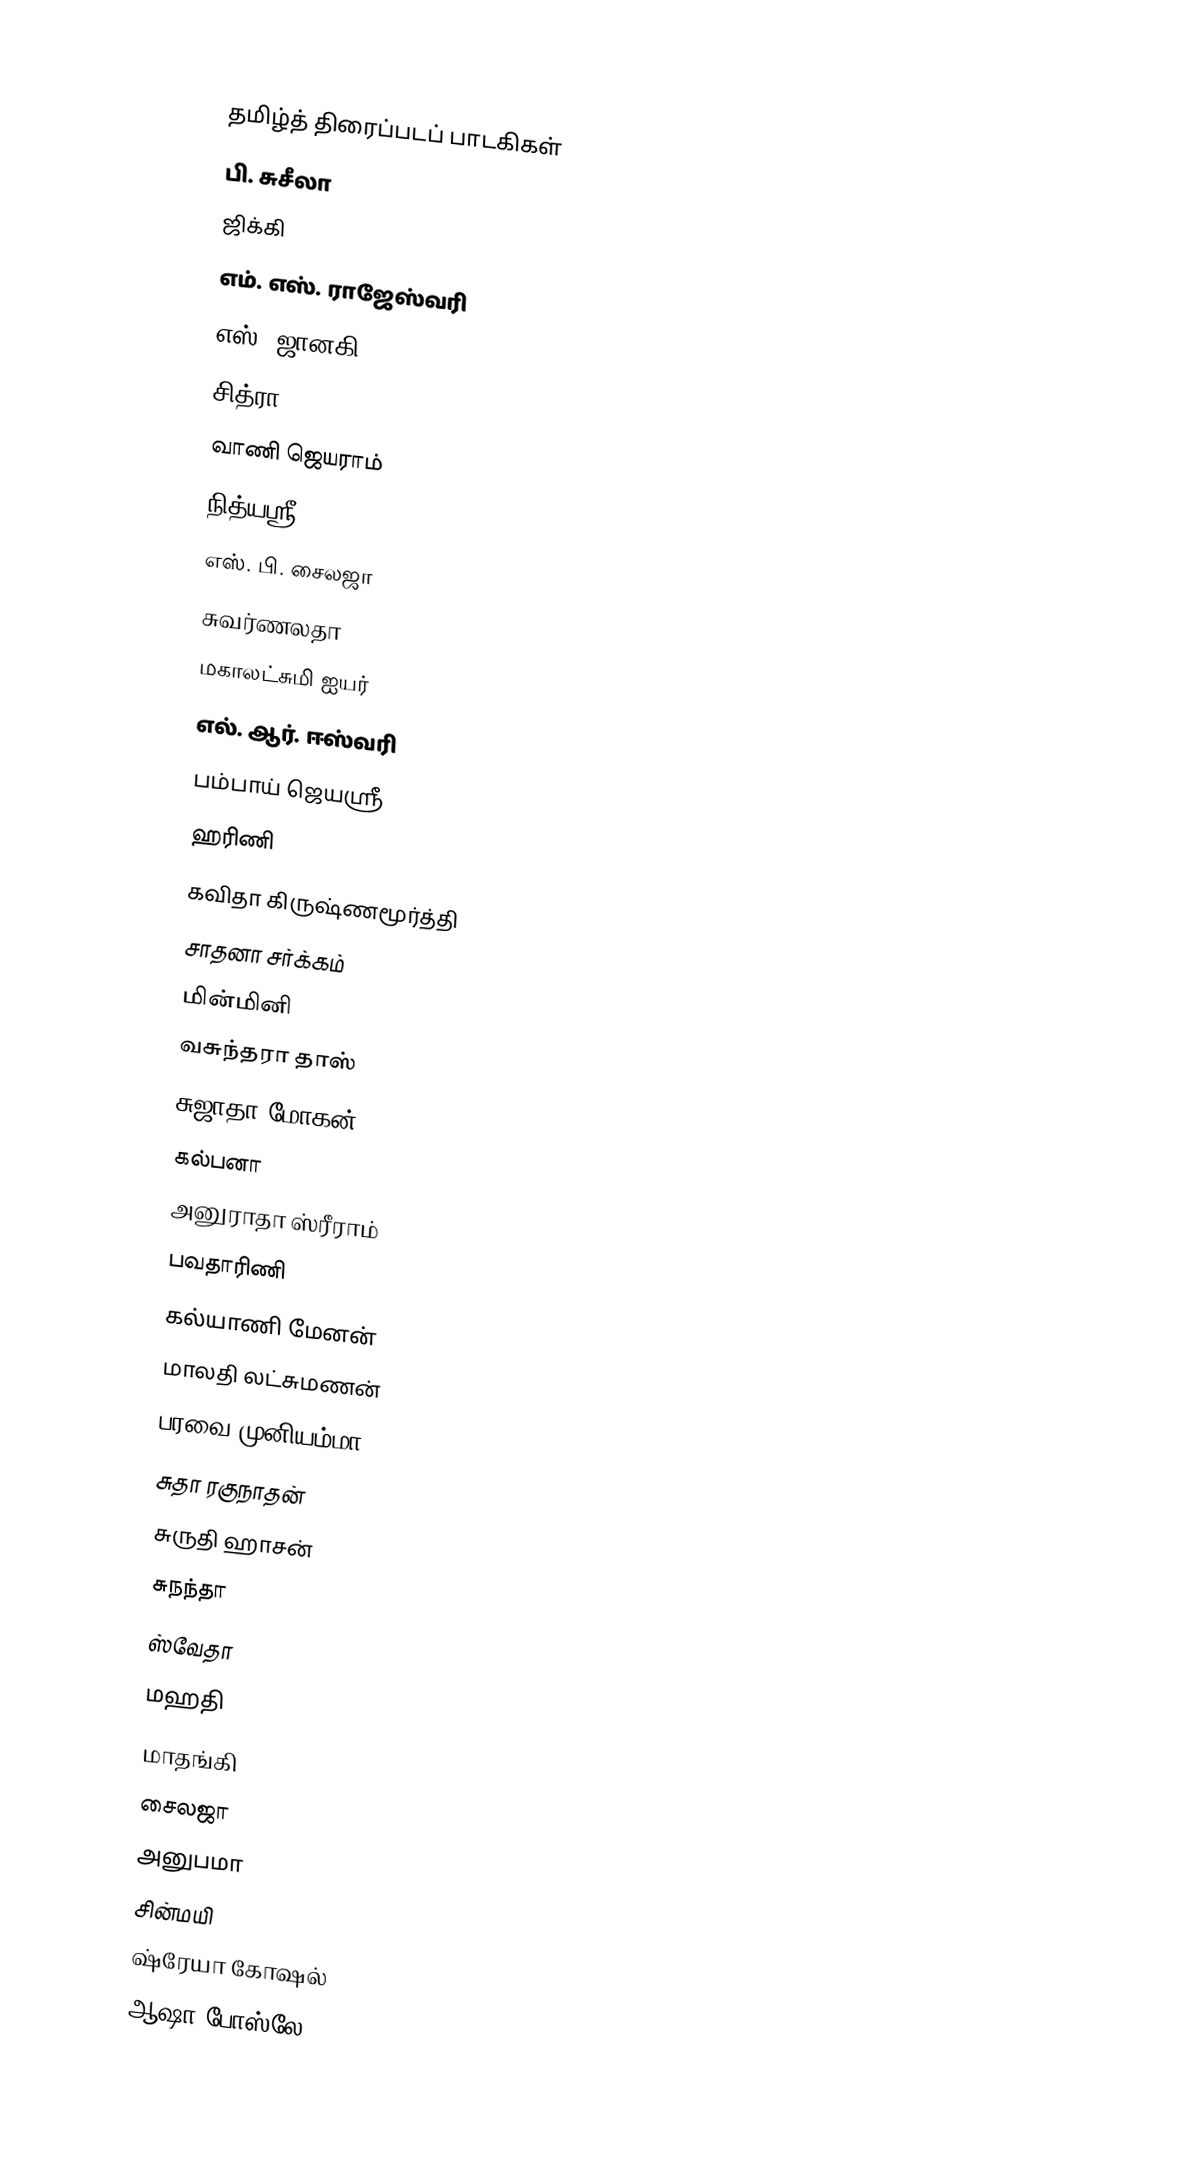

தமிழ்த் திரைப்படப் பாடகிகள்
பி. சுசீலா
ஜிக்கி
எம். எஸ். ராஜேஸ்வரி
எஸ். ஜானகி
சித்ரா
வாணி ஜெயராம்
நித்யஸ்ரீ
எஸ். பி. சைலஜா
சுவர்ணலதா
மகாலட்சுமி ஐயர்
எல். ஆர். ஈஸ்வரி
பம்பாய் ஜெயஸ்ரீ
ஹரிணி
கவிதா கிருஷ்ணமூர்த்தி
சாதனா சர்க்கம்
மின்மினி
வசுந்தரா தாஸ்
சுஜாதா மோகன்
கல்பனா
அனுராதா ஸ்ரீராம்
பவதாரிணி
கல்யாணி மேனன்
மாலதி லட்சுமணன்
பரவை முனியம்மா
சுதா ரகுநாதன்
சுருதி ஹாசன்
சுநந்தா
ஸ்வேதா
மஹதி
மாதங்கி
சைலஜா
அனுபமா
சின்மயி
ஷ்ரேயா கோஷல்
ஆஷா போஸ்லே